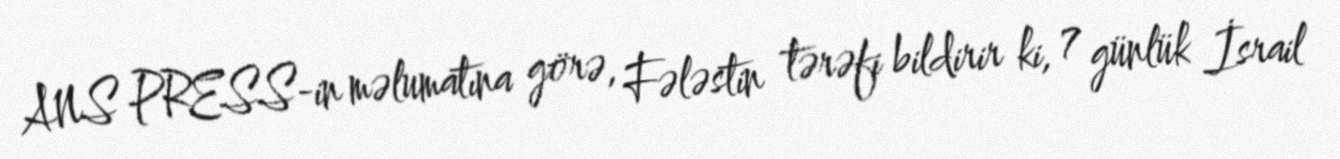
ANS PRESS-in məlumatına görə, Fələstin tərəfi bildirir ki, 7 günlük İsrail